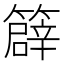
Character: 𥴬